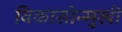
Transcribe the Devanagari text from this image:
विकासोन्मुखी